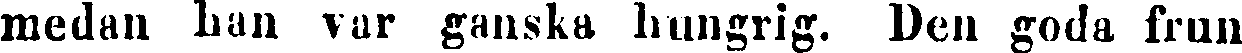
medan han var ganska hungrig. Den goda frun